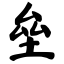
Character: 垒